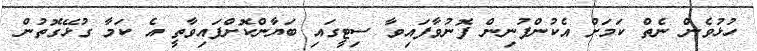
ހުޅުވެން ނެތް ކަމަށް އެކުންފުނިން ފޮނުވާފައިވާ ސިޓީގައި ބަޔާންކޮށްފައިވާތީ އެ ކަމާ ގުޅޭގޮތުން